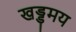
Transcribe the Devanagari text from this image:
खड्डमय